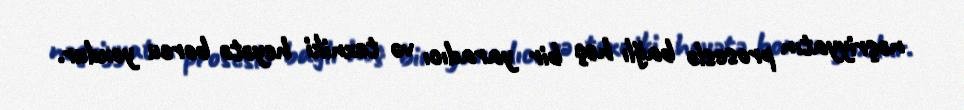
nəşriyyatın proseslə bağlı heç bir yaradıcı və texniki heyətə borcu yoxdur.